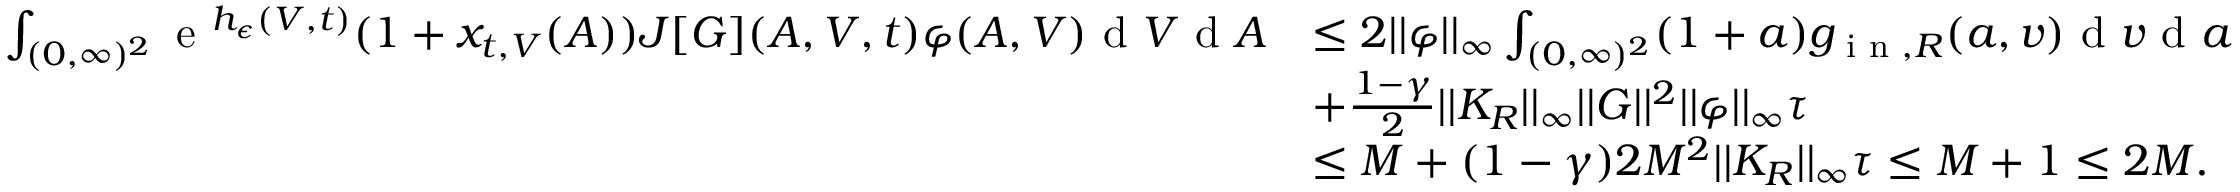
\begin{array} { r l } { \int _ { ( 0 , \infty ) ^ { 2 } } \textup { e } ^ { h _ { \epsilon } ( V , t ) } ( 1 + x _ { t , V } ( A ) ) J [ G ] ( A , V , t ) \varphi ( A , V ) \textup { d } V \textup { d } A } & { \leq 2 | | \varphi | | _ { \infty } \int _ { ( 0 , \infty ) ^ { 2 } } ( 1 + a ) g _ { \textup { i n } , R } ( a , v ) \textup { d } v \textup { d } a } \\ & { + \frac { 1 - \gamma } { 2 } | | K _ { R } | | _ { \infty } | | G | | ^ { 2 } | | \varphi | | _ { \infty } \tau } \\ & { \leq M + ( 1 - \gamma ) 2 M ^ { 2 } | | K _ { R } | | _ { \infty } \tau \leq M + 1 \leq 2 M . } \end{array}